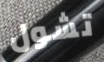
تشول